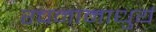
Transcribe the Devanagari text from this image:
रचनामाधुर्य